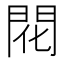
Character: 𫔛